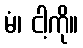
မံ၊ ငါ့ကို။